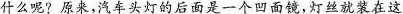
什么呢?原来，汽车头灯的后面是一个凹面镜，灯丝就装在这